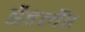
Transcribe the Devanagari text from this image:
डैडलैंड